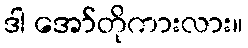
ဒါ အော်တိုကားလား။